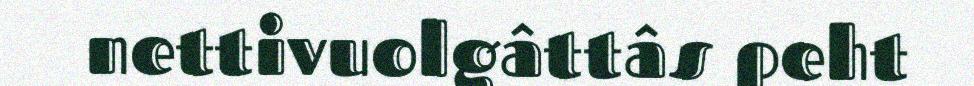
nettivuolgâttâs peht